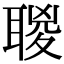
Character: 𦖸